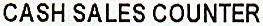
CASH SALES COUNTER